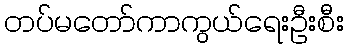
တပ်မတော်ကာကွယ်ရေးဦးစီး